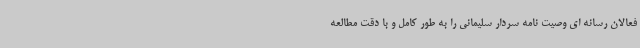
فعالان رسانه ای وصیت نامه سردار سلیمانی را به طور کامل و با دقت مطالعه